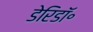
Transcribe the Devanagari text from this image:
डेरिडॉ॰